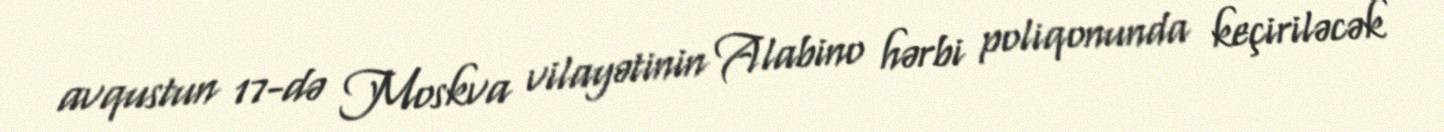
avqustun 17-də Moskva vilayətinin Alabino hərbi poliqonunda keçiriləcək